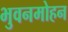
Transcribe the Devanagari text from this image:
भुवनमोहन